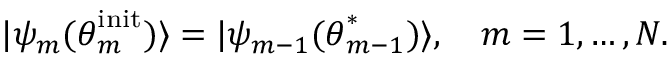
| \psi _ { m } ( \boldsymbol { \theta } _ { m } ^ { \mathrm { i n i t } } ) \rangle = | \psi _ { m - 1 } ( \boldsymbol { \theta } _ { m - 1 } ^ { * } ) \rangle , \quad m = 1 , \dots , N .